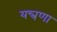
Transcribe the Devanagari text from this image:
यन्त्रणा